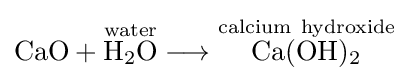
{{\text{CaO}}{}+{}{\overset {\mathrm {water} }{\mathrm {H} {\vphantom {A}}_{\smash[{t}]{2}}\mathrm {O} }}{}\mathrel {\longrightarrow } {}{\overset {\mathrm {calcium} ~\mathrm {hydroxide} }{\mathrm {Ca} (\mathrm {OH} ){\vphantom {A}}_{\smash[{t}]{2}}}}}